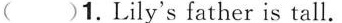
( )1.Lily's father is tall.